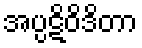
အပ္ပဋိဝိဒိတာ